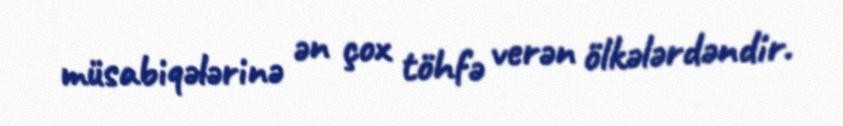
müsabiqələrinə ən çox töhfə verən ölkələrdəndir.